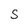
Character: S